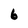
Character: 6